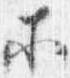
等